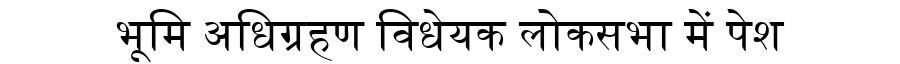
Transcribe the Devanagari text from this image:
भूमि अधिग्रहण विधेयक लोकसभा में पेश